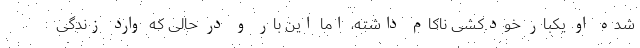
شده او یکبار خودکشی ناکام داشته، اما این بار و در حالی که وارد زندگی